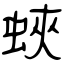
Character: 蛺